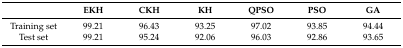
<table><thead><tr><td></td><td><b>EKH</b></td><td><b>CKH</b></td><td><b>KH</b></td><td><b>QPSO</b></td><td><b>PSO</b></td><td><b>GA</b></td></tr></thead><tbody><tr><td>Training set</td><td>99.21</td><td>96.43</td><td>93.25</td><td>97.02</td><td>93.85</td><td>94.44</td></tr><tr><td>Test set</td><td>99.21</td><td>95.24</td><td>92.06</td><td>96.03</td><td>92.86</td><td>93.65</td></tr></tbody></table>